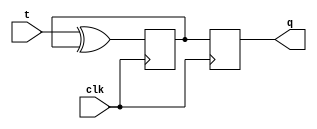
module t_flip_flop(
    input wire clk,
    input wire t,
    output reg q
);

reg master_q, slave_q;

always @(posedge clk)
begin
    master_q <= t ^ master_q;
end

always @(negedge clk)
begin
    slave_q <= master_q;
end

assign q = slave_q;

endmodule